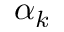
\alpha _ { k }